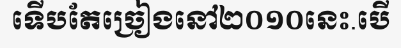
ទើបតែច្រៀងនៅ២០១០នេះ.បើ